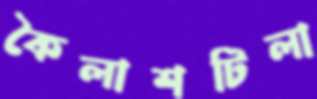
কৈলাশটিলা